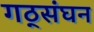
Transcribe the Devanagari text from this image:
गठ्संघन